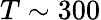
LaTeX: T\sim 300